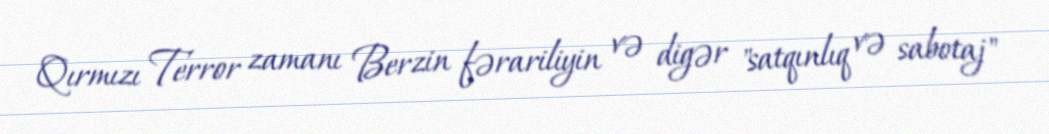
Qırmızı Terror zamanı Berzin fərariliyin və digər "satqınlıq və sabotaj"